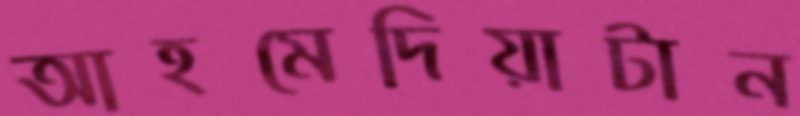
আহমেদিয়াটান